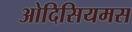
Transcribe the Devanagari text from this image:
ओदिसियमस